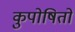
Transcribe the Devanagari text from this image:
कुपोषितों